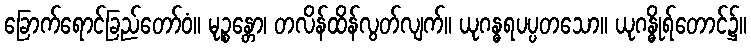
ခြောက်ရောင်ခြည်တော်ဝံ။ မုဉ္စန္တော၊ တလိန်ထိန်လွတ်လျက်။ ယုဂန္ဓရပပ္ပတသော။ ယုဂန္ဓိုရ်တောင်၌။